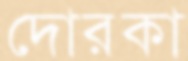
দোরকা